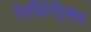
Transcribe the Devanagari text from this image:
डिस्टिंगुिशड